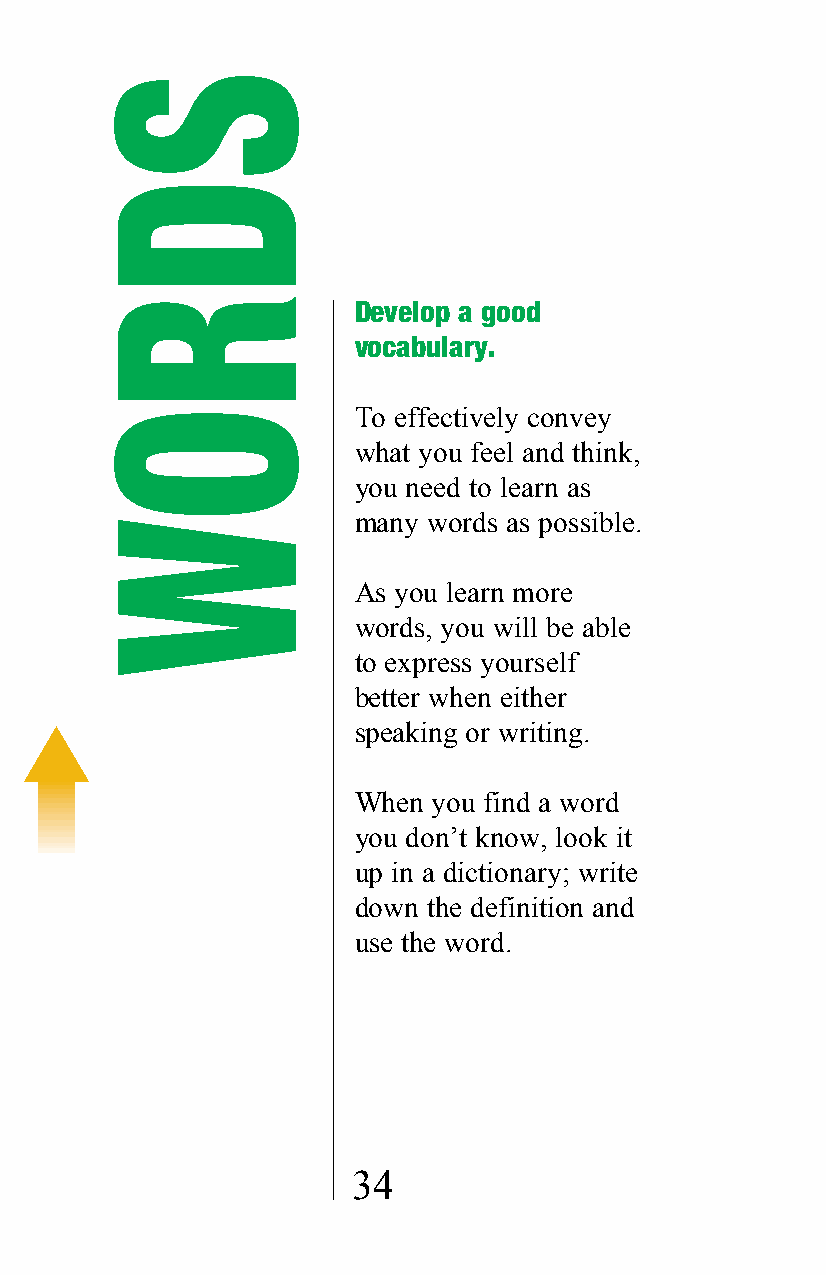
Develop a good
 vocabulary.
 To effectively convey
 what you feel and think,
 you need to learn as
 many words as possible.
 As you learn more
 words, you will be able
 to express yourself
 better when either
 speaking or writing.
 When  you find a word
 you don’t know, look it
 up in a dictionary; write
 down the definition and
 use the word.
 34
 SDROW